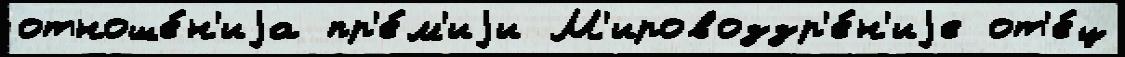
отноше́н'иjа пр'е́м'иjи М'ировоззр'е́н'иjе от'е́ц